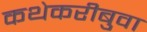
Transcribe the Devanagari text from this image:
कथेकरीबुवा